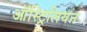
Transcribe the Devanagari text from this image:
ऑस्ट्रिलियन